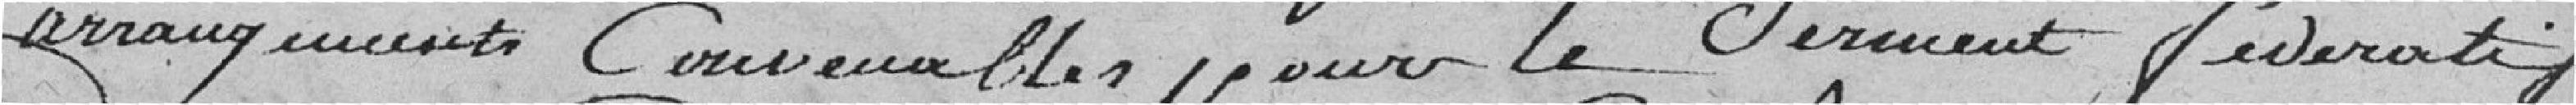
arrangements convenables pour le Serment fédératif